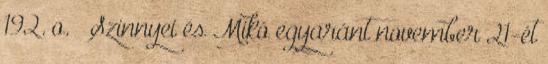
192. o. ↑ Szinnyei és Mikó egyaránt november 21-ét